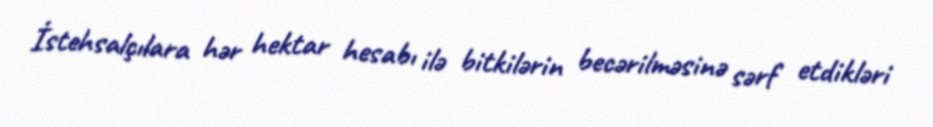
İstehsalçılara hər hektar hesabı ilə bitkilərin becərilməsinə sərf etdikləri